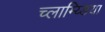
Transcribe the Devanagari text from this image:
च्लाम्य्डिया